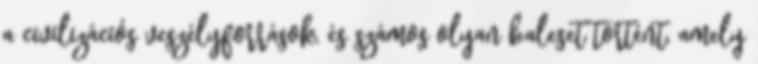
a civilizációs veszélyforrások, és számos olyan baleset történt, amely